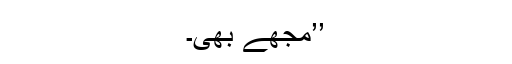
’’مجھے بھی۔